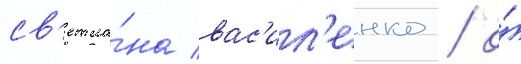
св'етла́на вас'ил'енко / о́